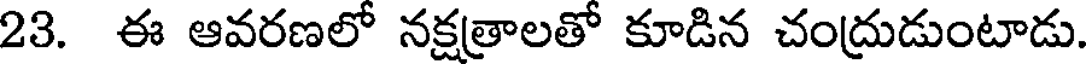
23. ఈ ఆవరణలో నక్షత్రాలతో కూడిన చంద్రుడుంటాడు.